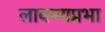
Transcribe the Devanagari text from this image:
लावण्यप्रभा